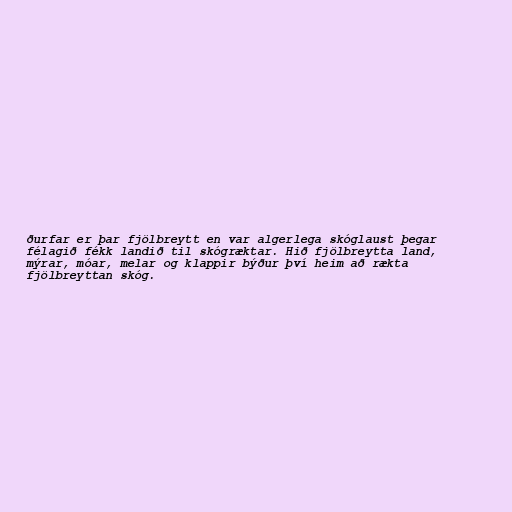
ðurfar er þar fjölbreytt en var algerlega skóglaust þegar
félagið fékk landið til skógræktar. Hið fjölbreytta land,
mýrar, móar, melar og klappir býður því heim að rækta
fjölbreyttan skóg.